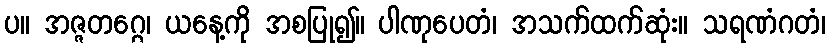
ပ။ အဇ္ဇတဂ္ဂေ၊ ယနေ့ကို အစပြု၍။ ပါဏုပေတံ၊ အသက်ထက်ဆုံး။ သရဏံဂတံ၊